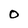
Character: 0